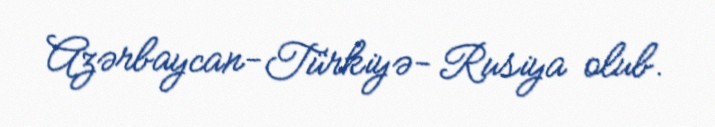
Azərbaycan-Türkiyə- Rusiya olub.